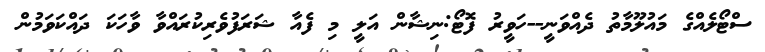
ސްޓޯލެއްގެ މައުލޫމާތު ދެއްވަނީ--ހަވީރު ފޮޓޯ:ނިޝާން އަލީ މި ފެއާ ޝަރަފުވެރިކުރައްވާ ވާހަކަ ދައްކަވަމުން